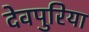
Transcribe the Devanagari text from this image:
देवपुरिया